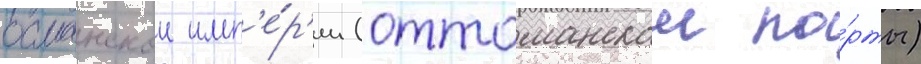
османскои имп'е́р'ии (оттоманскои по́рты)